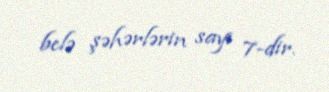
belə şəhərlərin sayı 7-dir.